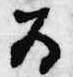
為